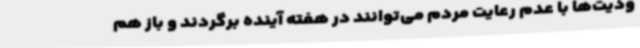
ودیت‌ها با عدم رعایت مردم می‌توانند در هفته آینده برگردند و باز هم